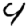
Digit: 4